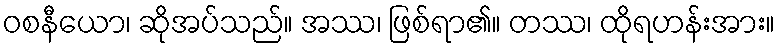
ဝစနီယော၊ ဆိုအပ်သည်။ အဿ၊ ဖြစ်ရာ၏။ တဿ၊ ထိုရဟန်းအား။